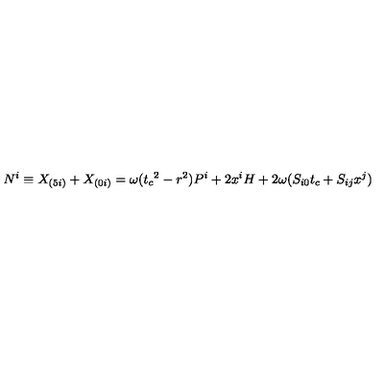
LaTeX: N ^ { i } \equiv X _ { ( 5 i ) } + X _ { ( 0 i ) } = \omega ( { t _ { c } } ^ { 2 } - r ^ { 2 } ) P ^ { i } + 2 x ^ { i } H + 2 \omega ( S _ { i 0 } t _ { c } + S _ { i j } x ^ { j } )